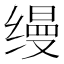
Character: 缦